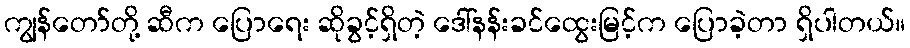
ကျွန်တော်တို့ ဆီက ပြောရေး ဆိုခွင့်ရှိတဲ့ ဒေါ်နန်းခင်ထွေးမြင့်က ပြောခဲ့တာ ရှိပါတယ်။